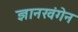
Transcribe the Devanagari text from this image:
ज्ञानखंगेन